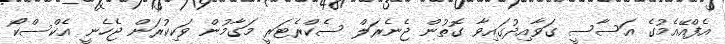
އެފްއޭއެމުގެ އަސާސީ ގަވާއިދުގައިވާ ގޮތުން ޖެނެރަލް ސެކްރެޓަރީ މަގާމުން ވަކިކުރަން ޖެހެނީ އެކްސްކޯ